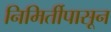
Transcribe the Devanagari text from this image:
निमिर्तीपासून